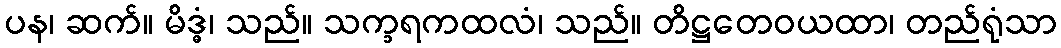
ပန၊ ဆက်။ မိဒ္ဓံ၊ သည်။ သက္ခရကထလံ၊ သည်။ တိဋ္ဌတေဝယထာ၊ တည်ရုံသာ